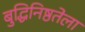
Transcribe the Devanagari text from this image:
बुद्धिनिष्ठतेला